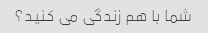
شما با هم زندگی می کنید؟